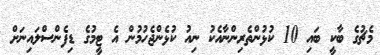
މެޗުގެ ބާކީ ބައި 10 ކުޅުންތެރިންނާއެކު ނިއު ކުޅެންޖެހުމުން އެ ޓީމުގެ ޑިފެންސްލައިނަށް